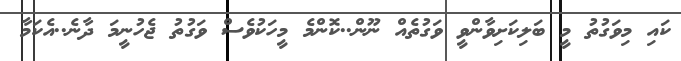
ކައި މިވަގުތު މީ ބަލިކަށިވާންވީ ވަގުތެއް ނޫން..ކޮންމެ މީހަކުވެސް ވަގުތު ޖެހުނީމަ ދާނެ..އެކަމާ